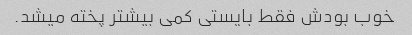
خوب بودش فقط بایستی کمی بیشتر پخته میشد.